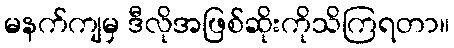
မနက်ကျမှ ဒီလိုအဖြစ်ဆိုးကိုသိကြရတာ။